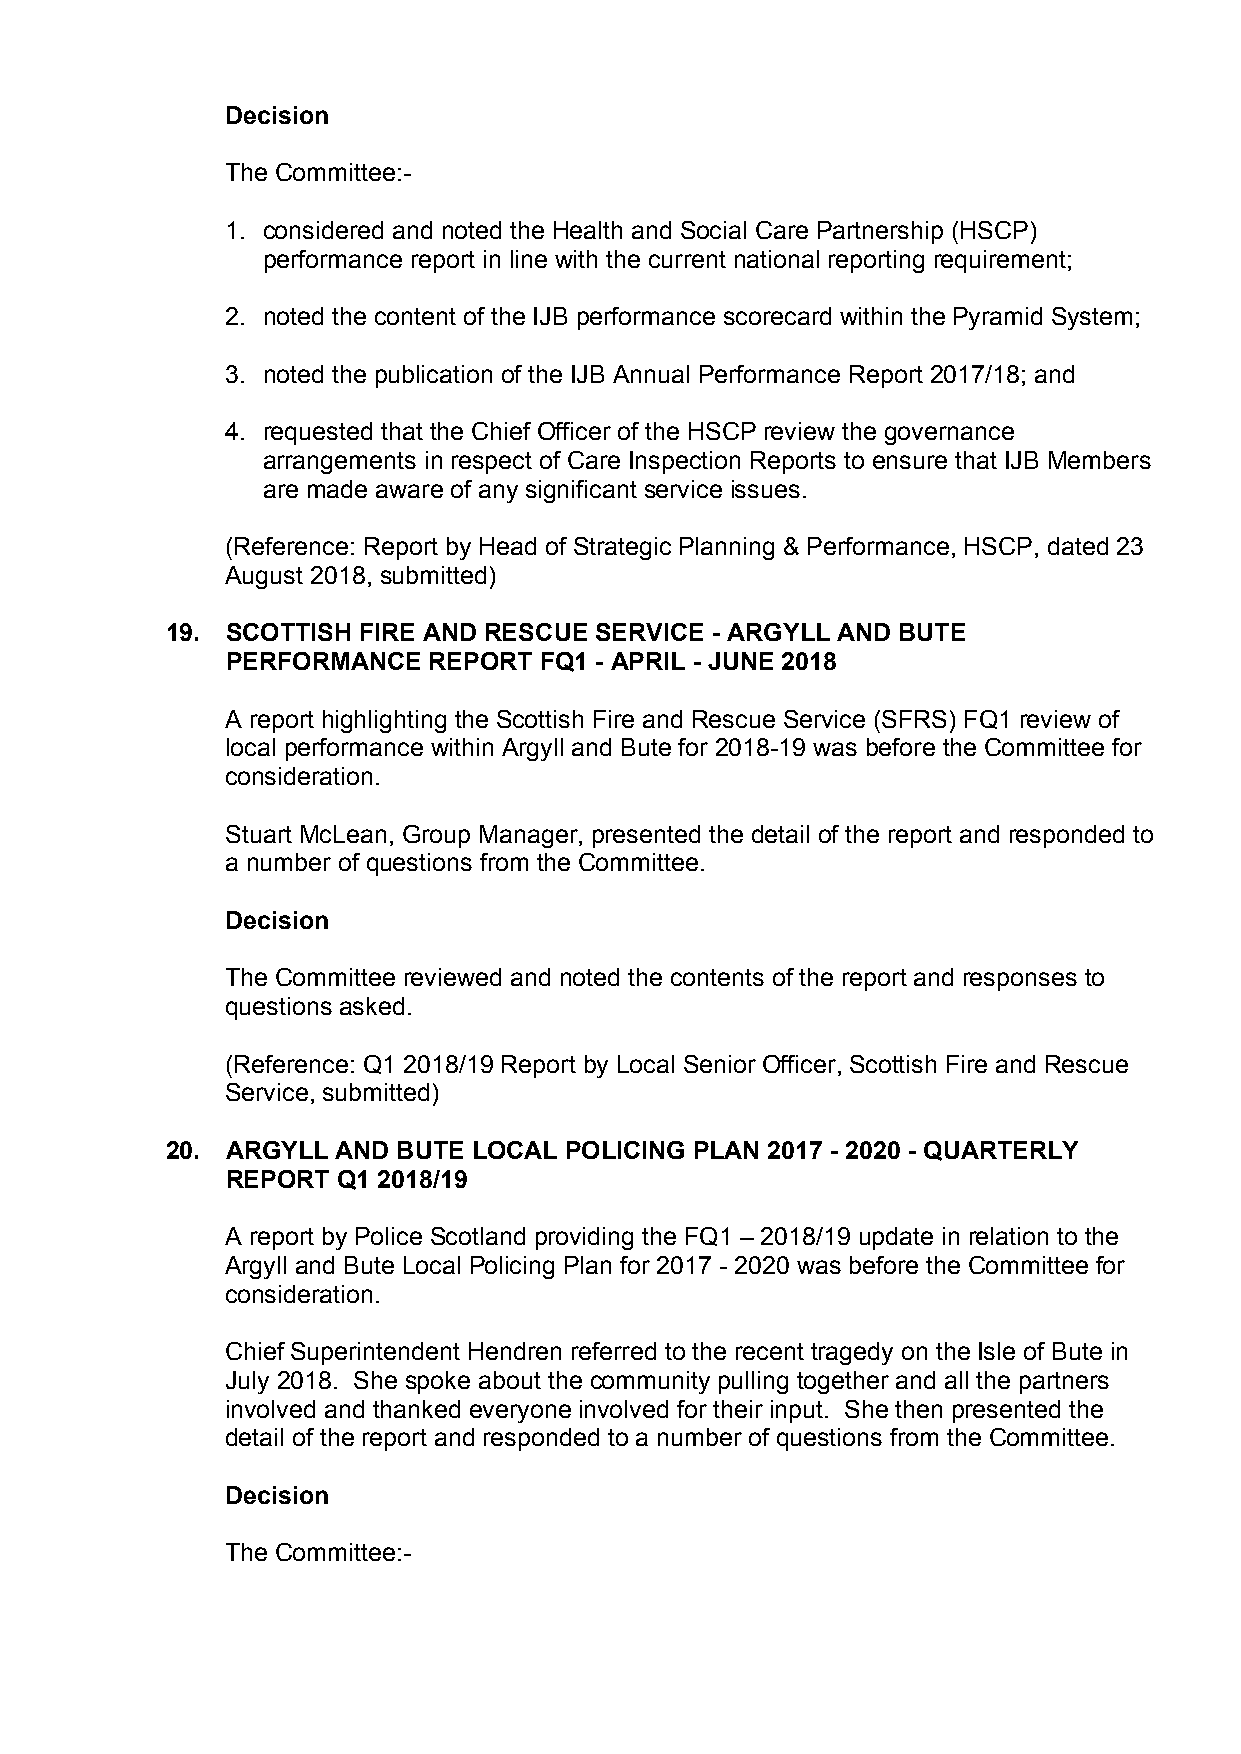
Decision
 The Committee:-
 1. considered and noted the Health and Social Care Partnership (HSCP)
 performance report in line with the current national reporting requirement;
 2. noted the content of the IJB performance scorecard within the Pyramid System;
 3. noted the publication of the IJB Annual Performance Report 2017/18; and
 4. requested that the Chief Officer of the HSCP review the governance
 arrangements in respect of Care Inspection Reports to ensure that IJB Members
 are made aware of any significant service issues.
 (Reference: Report by Head of Strategic Planning & Performance, HSCP, dated 23
 August 2018, submitted)
 19. SCOTTISH FIRE AND RESCUE SERVICE - ARGYLL AND BUTE
 PERFORMANCE  REPORT  FQ1 - APRIL - JUNE 2018
 A report highlighting the Scottish Fire and Rescue Service (SFRS) FQ1 review of
 local performance within Argyll and Bute for 2018-19 was before the Committee for
 consideration.
 Stuart McLean, Group Manager, presented the detail of the report and responded to
 a number of questions from the Committee.
 Decision
 The Committee reviewed and noted the contents of the report and responses to
 questions asked.
 (Reference: Q1 2018/19 Report by Local Senior Officer, Scottish Fire and Rescue
 Service, submitted)
 20. ARGYLL AND BUTE LOCAL POLICING PLAN 2017 - 2020 - QUARTERLY
 REPORT Q1 2018/19
 A report by Police Scotland providing the FQ1 – 2018/19 update in relation to the
 Argyll and Bute Local Policing Plan for 2017 - 2020 was before the Committee for
 consideration.
 Chief Superintendent Hendren referred to the recent tragedy on the Isle of Bute in
 July 2018. She spoke about the community pulling together and all the partners
 involved and thanked everyone involved for their input. She then presented the
 detail of the report and responded to a number of questions from the Committee.
 Decision
 The Committee:-